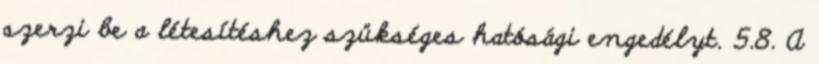
szerzi be a létesítéshez szükséges hatósági engedélyt. 5.8. A